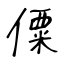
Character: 僳